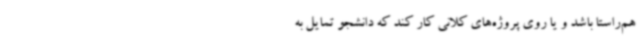
هم‌راستا باشد و یا روی پروژه‌های کلانی کار ‌کند که دانشجو تمایل به